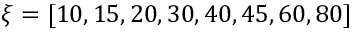
\xi = [ 1 0 , 1 5 , 2 0 , 3 0 , 4 0 , 4 5 , 6 0 , 8 0 ]